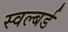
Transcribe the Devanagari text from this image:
स्वल्बर्ड